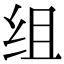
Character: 组